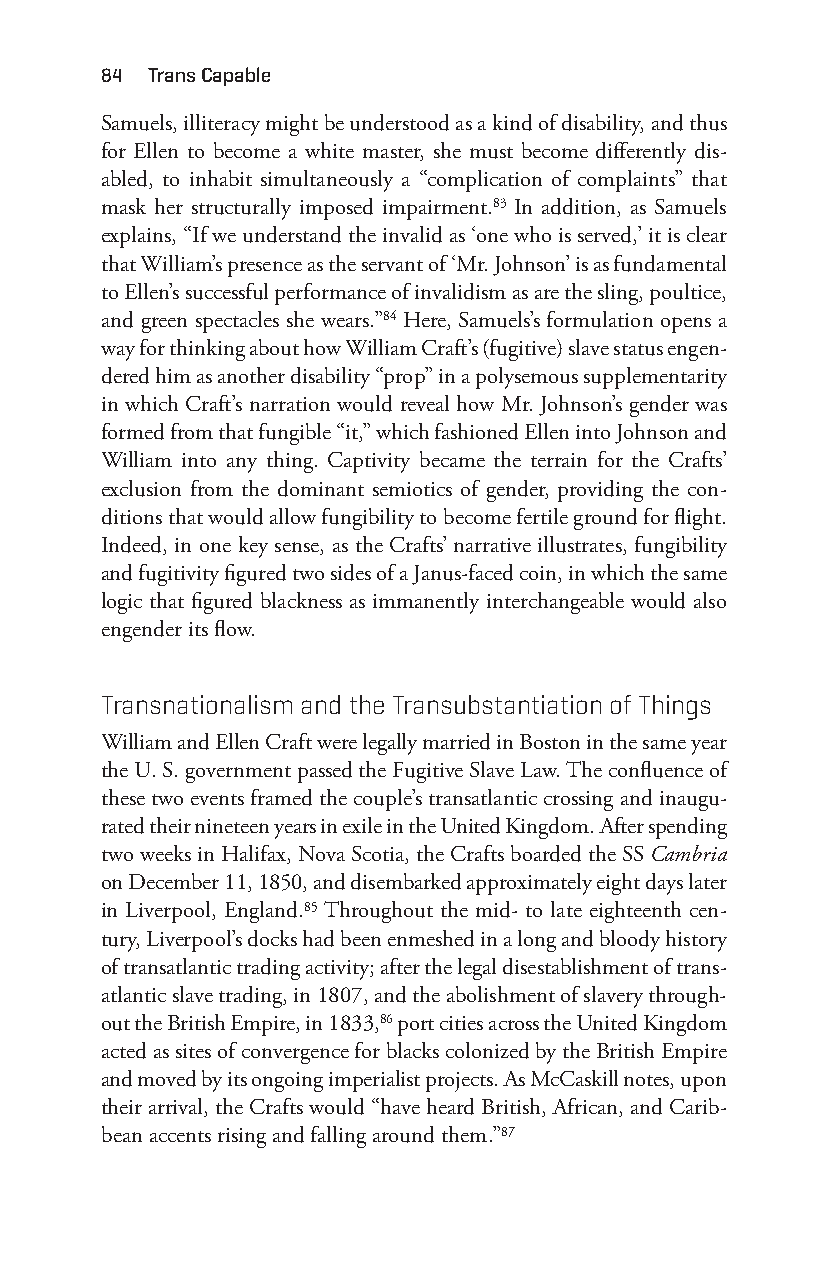
84 trans capable
 Samuels, illiteracy might be understood as a kind of disability, and thus
 for Ellen to become a white master, she must become differently dis-
 abled, to inhabit simultaneously a “complication of complaints” that
 mask her structurally imposed impairment.83 In addition, as Samuels
 explains, “If we understand the invalid as ‘one who is served,’ it is clear
 that William’s presence as the servant of ‘Mr. Johnson’ is as fundamental
 to Ellen’s successful performance of invalidism as are the sling, poultice,
 and green spectacles she wears.”84 Here, Samuels’s formulation opens a
 way for thinking about how William Craft’s (fugitive) slave status engen-
 dered him as another disability “prop” in a polysemous supplementarity
 in which Craft’s narration would reveal how Mr. Johnson’s gender was
 formed from that fungible “it,” which fashioned Ellen into Johnson and
 William into any thing. Captivity became the terrain for the Crafts’
 exclusion from the dominant semiotics of gender, providing the con-
 ditions that would allow fungibility to become fertile ground for flight.
 Indeed, in one key sense, as the Crafts’ narrative illustrates, fungibility
 and fugitivity figured two sides of a Janus-f aced coin, in which the same
 logic that figured blackness as immanently interchangeable would also
 engender its flow.
 transnationalism and the transubstantiation of things
 William and Ellen Craft were legally married in Boston in the same year
 the U. S. government passed the Fugitive Slave Law. The confluence of
 these two events framed the couple’s transatlantic crossing and inaugu-
 rated their nineteen years in exile in the United Kingdom. After spending
 two weeks in Halifax, Nova Scotia, the Crafts boarded the SS Cambria
 on December 11, 1850, and disembarked approximately eight days later
 in Liverpool, England.85 Throughout the mid- to late eighteenth cen-
 tury, Liverpool’s docks had been enmeshed in a long and bloody history
 of transatlantic trading activity; after the legal disestablishment of trans-
 atlantic slave trading, in 1807, and the abolishment of slavery through-
 out the British Empire, in 1833,86 port cities across the United Kingdom
 acted as sites of convergence for blacks colonized by the British Empire
 and moved by its ongoing imperialist projects. As McCaskill notes, upon
 their arrival, the Crafts would “have heard British, African, and Carib-
 bean accents rising and falling around them.”87
 Snorton.indd 84                             29/09/2017 8:41:02 AM